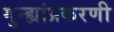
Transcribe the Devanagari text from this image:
गुन्ह्यांप्रकरणी